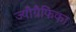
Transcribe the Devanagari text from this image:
ज्यौग्रैफिका